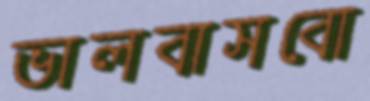
ভালবাসবো